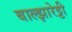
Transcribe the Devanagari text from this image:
बाल्झारेट्टी